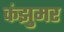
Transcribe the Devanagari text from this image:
कंझुमर